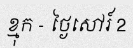
ខ្មុក - ថ្ងៃសៅរ៍ 2